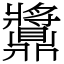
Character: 䵼